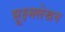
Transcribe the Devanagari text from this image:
सूक्ष्मलेखन